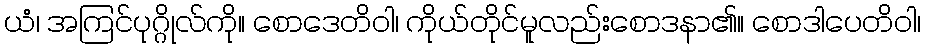
ယံ၊ အကြင်ပုဂ္ဂိုလ်ကို။ စောဒေတိဝါ၊ ကိုယ်တိုင်မူလည်းစောဒနာ၏။ စောဒါပေတိဝါ၊